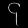
Digit: ၄